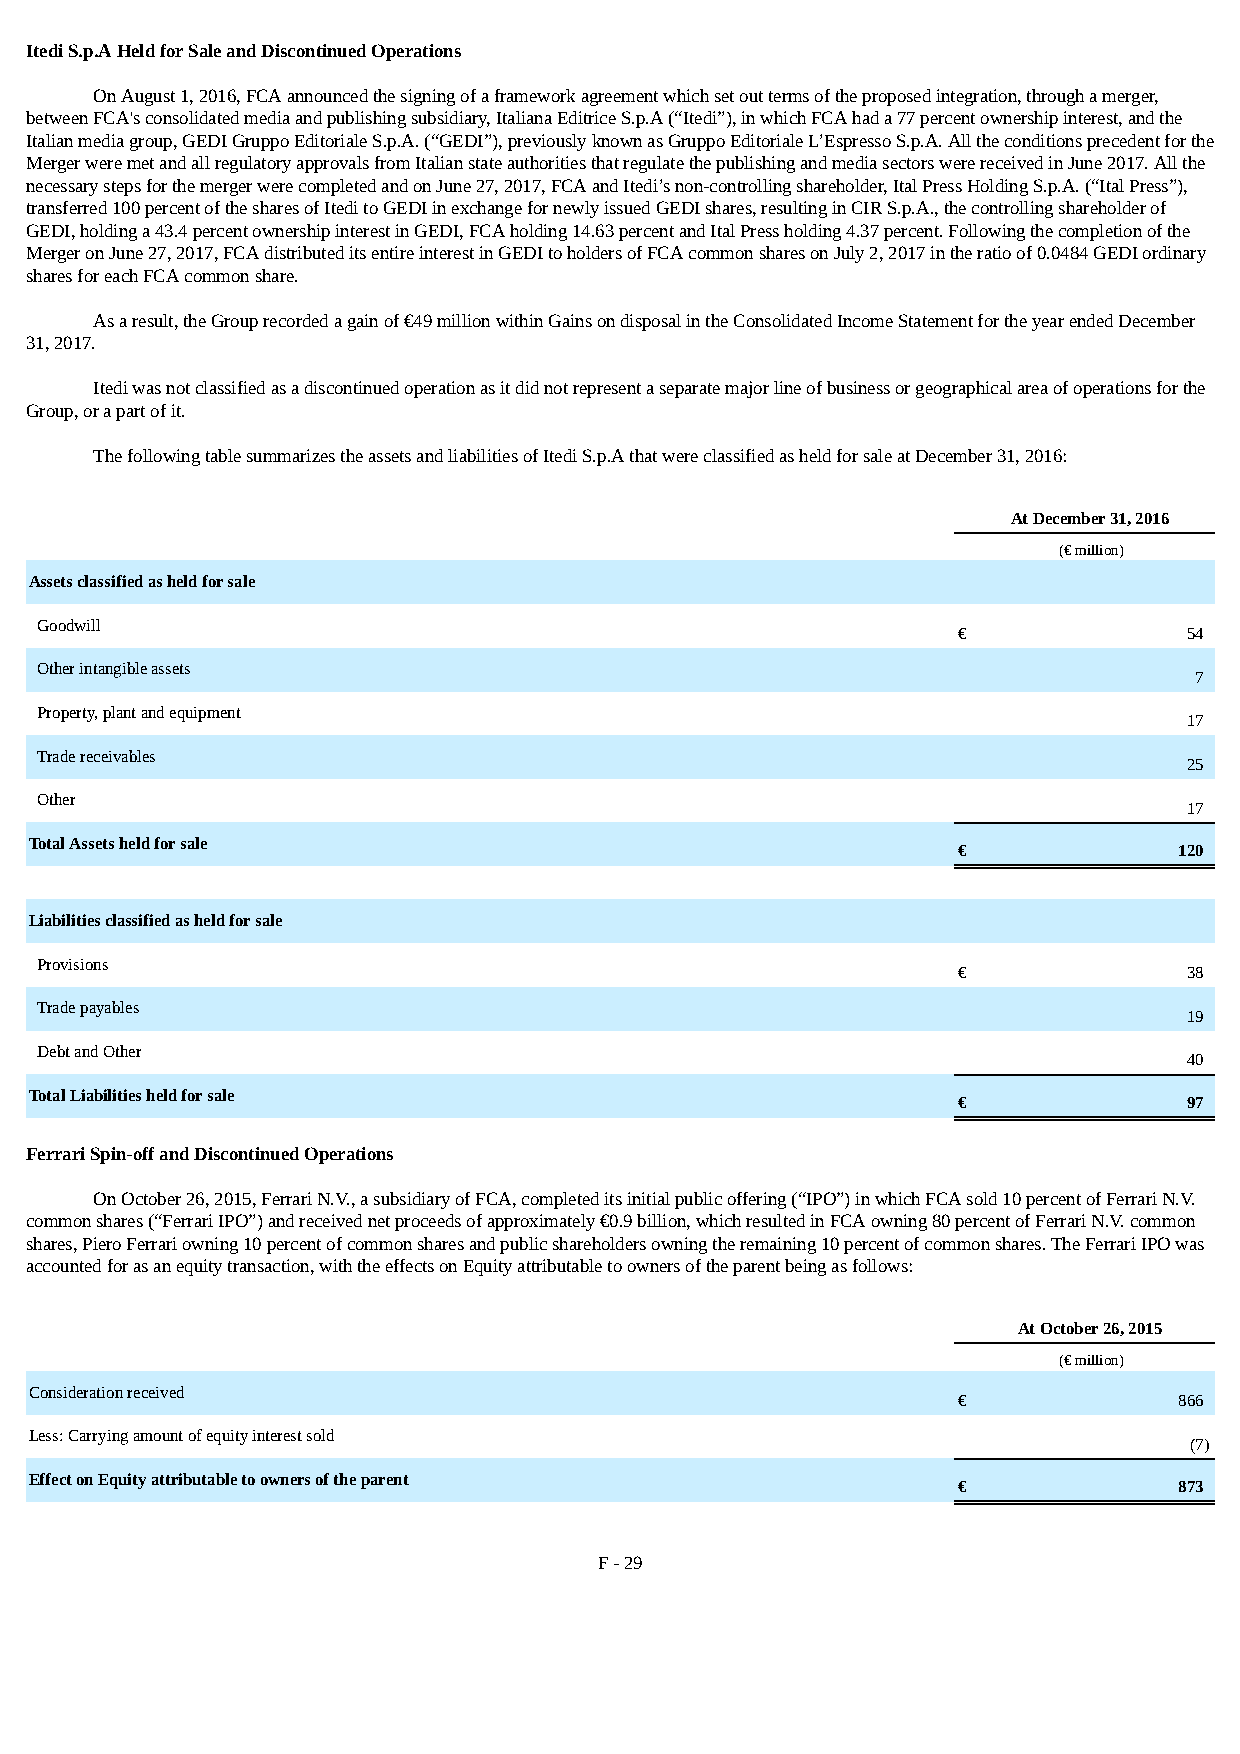
Itedi S.p.A Held for Sale and Discontinued Operations
 On August 1, 2016, FCA announced the signing of a framework agreement which set out terms of the proposed integration, through a merger,
 between FCA's consolidated media and publishing subsidiary, Italiana Editrice S.p.A (“Itedi”), in which FCA had a 77 percent ownership interest, and the
 Italian media group, GEDI Gruppo Editoriale S.p.A. (“GEDI”), previously known as Gruppo Editoriale L’Espresso S.p.A. All the conditions precedent for the
 Merger were met and all regulatory approvals from Italian state authorities that regulate the publishing and media sectors were received in June 2017. All the
 necessary steps for the merger were completed and on June 27, 2017, FCA and Itedi’s non-controlling shareholder, Ital Press Holding S.p.A. (“Ital Press”),
 transferred 100 percent of the shares of Itedi to GEDI in exchange for newly issued GEDI shares, resulting in CIR S.p.A., the controlling shareholder of
 GEDI, holding a 43.4 percent ownership interest in GEDI, FCA holding 14.63 percent and Ital Press holding 4.37 percent. Following the completion of the
 Merger on June 27, 2017, FCA distributed its entire interest in GEDI to holders of FCA common shares on July 2, 2017 in the ratio of 0.0484 GEDI ordinary
 shares for each FCA common share.
 As a result, the Group recorded a gain of €49 million within Gains on disposal in the Consolidated Income Statement for the year ended December
 31, 2017.
 Itedi was not classified as a discontinued operation as it did not represent a separate major line of business or geographical area of operations for the
 Group, or a part of it.
 The following table summarizes the assets and liabilities of Itedi S.p.A that were classified as held for sale at December 31, 2016:
 At December 31, 2016
 (€ million)
 Assets classified as held for sale
 Goodwill
 €               54
 Other intangible assets
 7
 Property, plant and equipment
 17
 Trade receivables
 25
 Other
 17
 Total Assets held for sale
 €              120
 Liabilities classified as held for sale
 Provisions
 €               38
 Trade payables
 19
 Debt and Other
 40
 Total Liabilities held for sale
 €               97
 Ferrari Spin-off and Discontinued Operations
 On October 26, 2015, Ferrari N.V., a subsidiary of FCA, completed its initial public offering (“IPO”) in which FCA sold 10 percent of Ferrari N.V.
 common shares (“Ferrari IPO”) and received net proceeds of approximately €0.9 billion, which resulted in FCA owning 80 percent of Ferrari N.V. common
 shares, Piero Ferrari owning 10 percent of common shares and public shareholders owning the remaining 10 percent of common shares. The Ferrari IPO was
 accounted for as an equity transaction, with the effects on Equity attributable to owners of the parent being as follows:
 At October 26, 2015
 (€ million)
 Consideration received
 €              866
 Less: Carrying amount of equity interest sold
 (7)
 Effect on Equity attributable to owners of the parent
 €              873
 F - 29